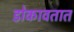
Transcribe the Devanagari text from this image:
डोकावतात